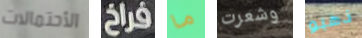
الأحتمالات فراخ ما وشعرت ذهبو